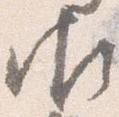
御